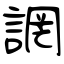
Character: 誷